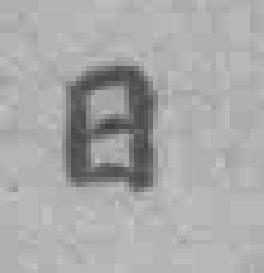
日